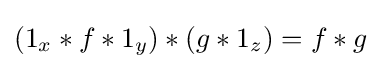
(1_{x}*f*1_{y})*(g*1_{z})=f*g